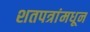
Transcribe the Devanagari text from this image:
शतपत्रांमधून